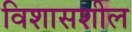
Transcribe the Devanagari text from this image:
विशासशील